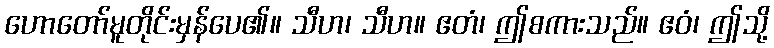
ဟောတော်မူတိုင်းမှန်ပေ၏။ သီဟ၊ သီဟ။ ဧတံ၊ ဤစကားသည်။ ဧဝံ၊ ဤသို့